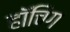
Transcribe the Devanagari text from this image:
हॉचिंग